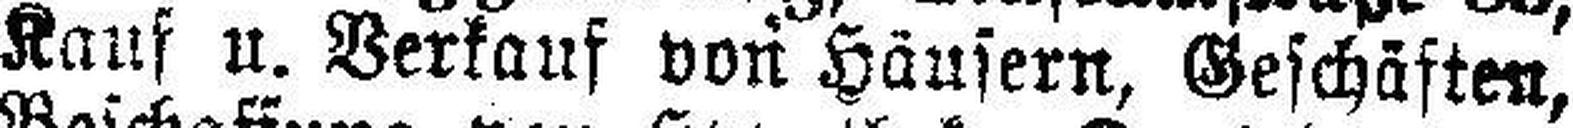
Kauf u. Verlauf von Häusern, Geschäften,